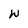
Character: W